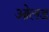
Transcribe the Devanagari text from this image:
ओलड